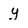
Character: y